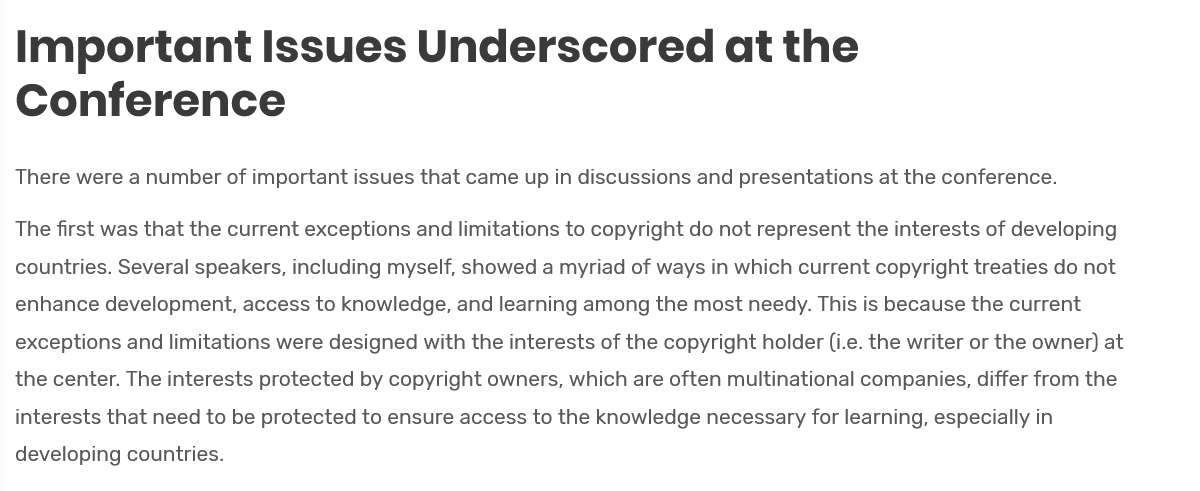
Important    Issues    Underscored    at    the
  Conference
  There were a number of important issues that came up in discussions and presentations at the conference.
  The first was that the current exceptions and limitations to copyright do not represent the interests of developing
  countries. Several speakers, including myself, showed a myriad of ways in which current copyright treaties do not
  enhance development, access to knowledge, and learning among the most needy. This is because the current
  exceptions and limitations were designed with the interests of the copyright holder (i.e. the writer or the owner) at
  the center. The interests protected by copyright owners, which are often multinational companies, differ from the
  interests that need to be protected to ensure access to the knowledge necessary for learning, especially in
  developing countries.